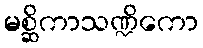
မစ္ဆိကာသဏ္ဍိကော